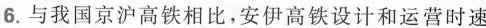
6.与我国京沪高铁相比，安伊高铁设计和运营时速